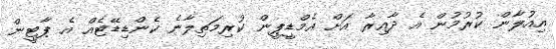
އިއުލާން ކުރުމުން އެ ދާއިރާ އަށް އެމްޑީޕީން ކުރިމަތިލާނެ ކެންޑިޑޭޓެއް އެ ޕާޓީން